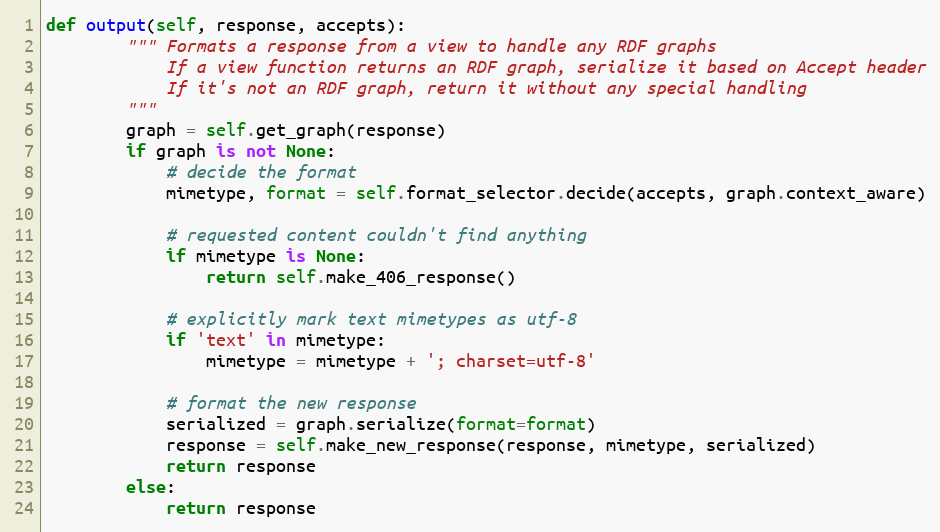
Language: Python
def output(self, response, accepts):
		""" Formats a response from a view to handle any RDF graphs
		    If a view function returns an RDF graph, serialize it based on Accept header
		    If it's not an RDF graph, return it without any special handling
		"""
		graph = self.get_graph(response)
		if graph is not None:
			# decide the format
			mimetype, format = self.format_selector.decide(accepts, graph.context_aware)

			# requested content couldn't find anything
			if mimetype is None:
				return self.make_406_response()

			# explicitly mark text mimetypes as utf-8
			if 'text' in mimetype:
				mimetype = mimetype + '; charset=utf-8'

			# format the new response
			serialized = graph.serialize(format=format)
			response = self.make_new_response(response, mimetype, serialized)
			return response
		else:
			return response